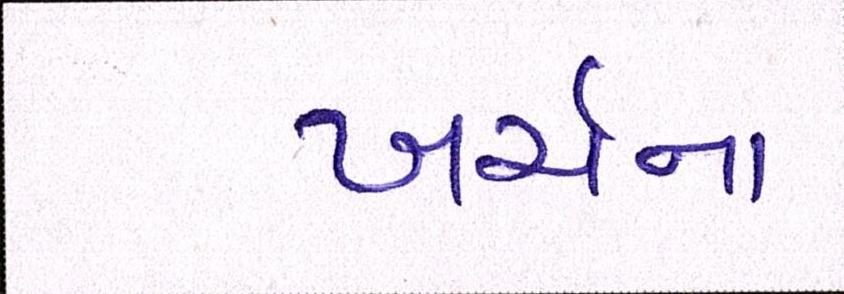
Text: ખર્ચના